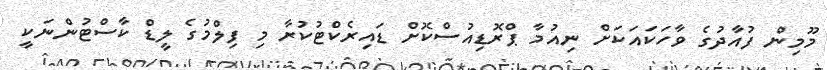
މޫމިން ފުއާދުގެ ވާހަކައަކަށް ނިއުމާ ޕްރޮޑިއުސްކޮށް ޑައިރެކްޓުކުރާ މި ފިލްމުގެ ލީޑް ކާސްޓުންނަކީ